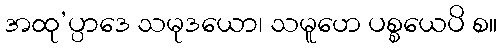
အထု’ပ္ပာဒေ သမုဒယော၊ သမူဟေ ပစ္စယေပိ စ။